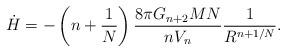
LaTeX: \begin{align*}\dot H = -\left(n +\frac{1}{N}\right) \frac{8\pi G_{n+2} MN}{nV_n} \frac{1}{R^{n+1/N}}.\end{align*}